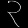
Digit: ၃